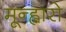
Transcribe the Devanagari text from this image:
मून्ह्वारो